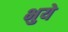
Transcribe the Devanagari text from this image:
भुये